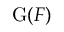
\mathrm { G } ( F )